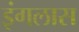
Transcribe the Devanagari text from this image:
इंगलास